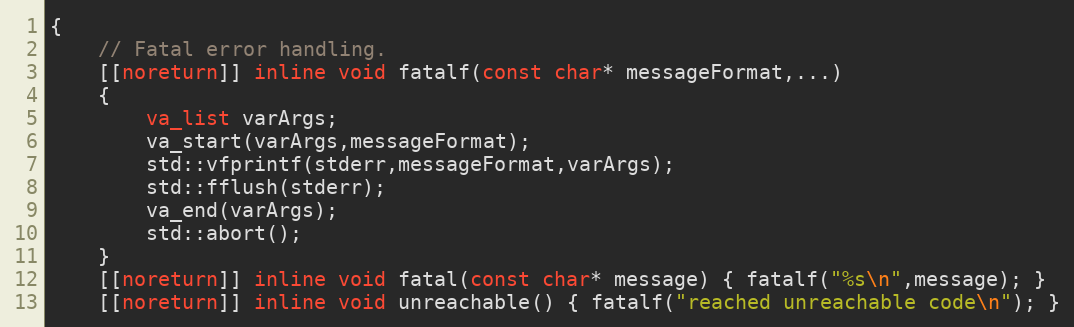
Language: C
{
	// Fatal error handling.
	[[noreturn]] inline void fatalf(const char* messageFormat,...)
	{
		va_list varArgs;
		va_start(varArgs,messageFormat);
		std::vfprintf(stderr,messageFormat,varArgs);
		std::fflush(stderr);
		va_end(varArgs);
		std::abort();
	}
	[[noreturn]] inline void fatal(const char* message) { fatalf("%s\n",message); }
	[[noreturn]] inline void unreachable() { fatalf("reached unreachable code\n"); }